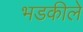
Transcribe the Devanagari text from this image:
भडकीले